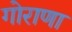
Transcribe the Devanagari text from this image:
गोराणा